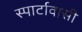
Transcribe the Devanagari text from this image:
स्पार्टावासी